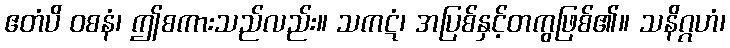
ဧတံပိ ဝစနံ၊ ဤစကားသည်လည်း။ သကဋံ၊ အပြစ်နှင့်တကွဖြစ်၏။ သနိဂ္ဂဟံ၊